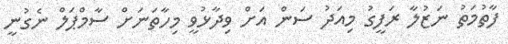
ފާތުމަތު ނަޒުލާ ރަފީގު މިއަދު ސަން އަށް ވިދާޅުވީ މިހާތަނަށް ސާމްޕަލް ނެގުނީ